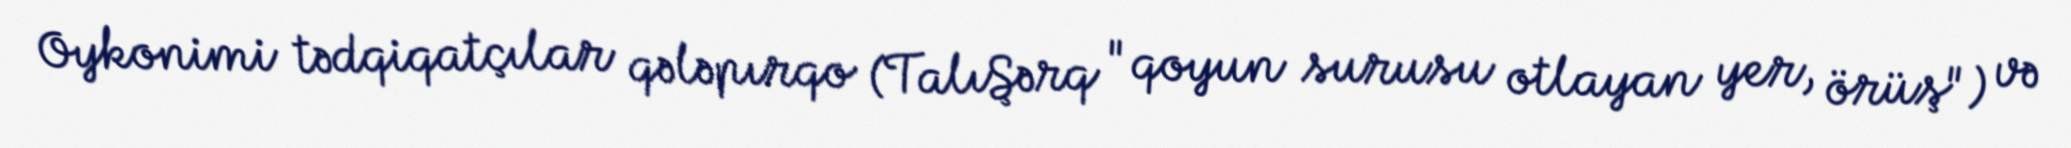
Oykonimi tədqiqatçılar qələpırqo (TalıŞərq "qoyun surusu otlayan yer, örüş") və